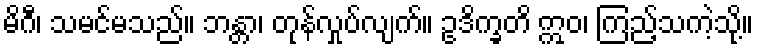
မိဂီ၊ သမင်မသည်။ ဘန္တာ၊ တုန်လှုပ်လျက်။ ဥဒိက္ခတိ ဣဝ၊ ကြည့်သကဲ့သို့။